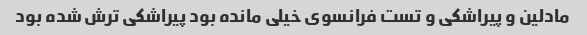
مادلین و پیراشکی و تست فرانسوی خیلی مانده بود پیراشکی ترش شده بود